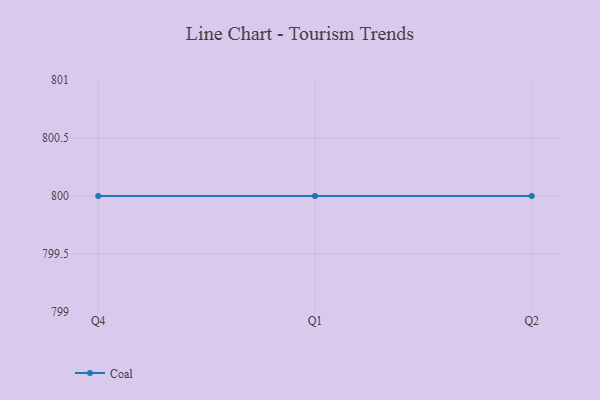
{"axis": {"x": "Quarter", "y": "Gross Profit (USD K)"}, "legend": ["Coal"], "data": [{"x": "Q4", "y": 800, "type": "Coal"}, {"x": "Q1", "y": 800, "type": "Coal"}, {"x": "Q2", "y": 800, "type": "Coal"}]}